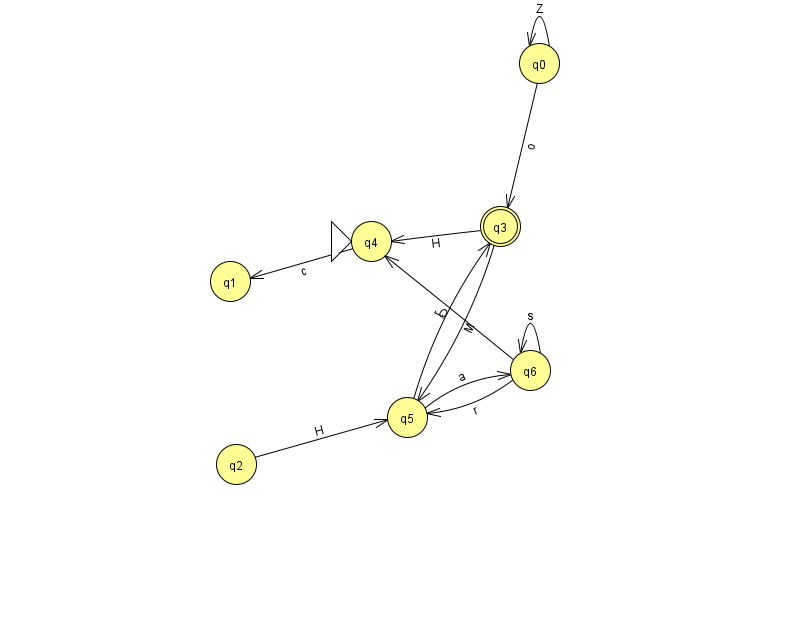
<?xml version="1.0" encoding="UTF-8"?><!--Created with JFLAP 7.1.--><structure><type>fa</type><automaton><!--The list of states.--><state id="0" name="q0"><x>539.0</x><y>50.0</y></state><state id="1" name="q1"><x>230.0</x><y>268.0</y></state><state id="2" name="q2"><x>236.0</x><y>451.0</y></state><state id="3" name="q3"><x>500.0</x><y>213.0</y><final/></state><state id="4" name="q4"><x>371.0</x><y>228.0</y><initial/></state><state id="5" name="q5"><x>407.0</x><y>404.0</y></state><state id="6" name="q6"><x>530.0</x><y>357.0</y></state><!--The list of transitions.--><transition><from>0</from><to>3</to><read>o</read></transition><transition><from>6</from><to>6</to><read>s</read></transition><transition><from>5</from><to>3</to><read>r</read></transition><transition><from>3</from><to>4</to><read>H</read></transition><transition><from>4</from><to>1</to><read>c</read></transition><transition><from>5</from><to>6</to><read>a</read></transition><transition><from>3</from><to>5</to><read>M</read></transition><transition><from>0</from><to>0</to><read>Z</read></transition><transition><from>6</from><to>5</to><read>r</read></transition><transition><from>6</from><to>4</to><read>Q</read></transition><transition><from>2</from><to>5</to><read>H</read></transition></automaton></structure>